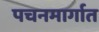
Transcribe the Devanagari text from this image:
पचनमार्गात